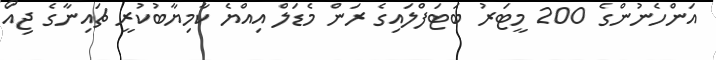
އަންހެނުންގެ 200 މީޓަރު ބަޓަފްލައިގެ ރަން މެޑަލް އިއްޔެ ކާމިޔާބުކުރީ ޗައިނާގެ ޖިއަޯ